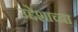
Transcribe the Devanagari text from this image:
उद्देशाच्या